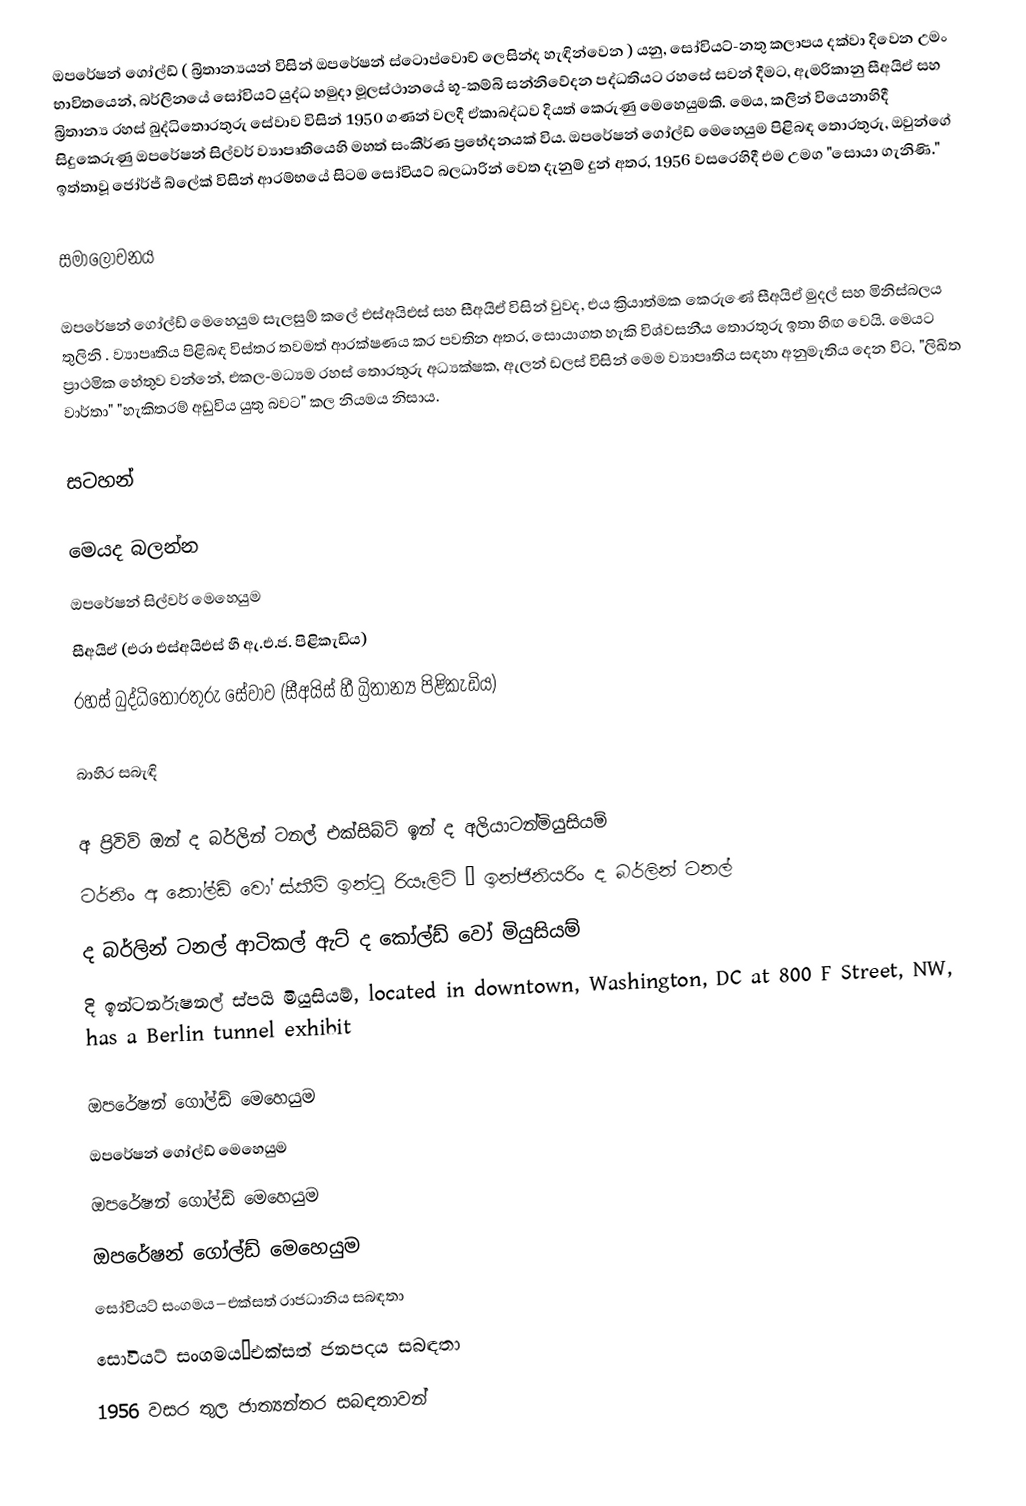
ඔපරේෂන් ගෝල්ඩ් ( බ්‍රිතාන්‍යයන් විසින් ඔපරේෂන් ස්ටොප්වොච් ලෙසින්ද හැඳින්වෙන  ) යනු,   සෝවියට්-නතු කලාපය දක්වා දිවෙන උමං භාවිතයෙන්, බර්ලිනයේ සෝවියට් යුද්ධ හමුදා මූලස්ථානයේ භූ-කම්බි සන්නිවේදන පද්ධතියට රහසේ සවන් දීමට,  ඇමරිකානු  සීඅයිඒ සහ බ්‍රිතාන්‍ය රහස් බුද්ධිතොරතුරු සේවාව විසින් 1950 ගණන් වලදී ඒකාබද්ධව දියත් කෙරුණු මෙහෙයුමකි. මෙය,  කලින් වියෙනාහිදී සිදුකෙරුණු  ඔපරේෂන් සිල්වර් ව්‍යාපෘතියෙහි මහත් සංකීර්ණ ප්‍රභේදනයක් විය. ඔපරේෂන් ගෝල්ඩ් මෙහෙයුම පිළිබඳ තොරතුරු,  ඔවුන්ගේ ඉත්තාවූ ජෝර්ජ් බ්ලේක් විසින් ආරම්භයේ සිටම සෝවියට් බලධාරින් වෙත දැනුම් දුන් අතර, 1956 වසරෙහිදී  එම උමග  "සොයා ගැනිණි."

සමාලෝචනය

ඔපරේෂන් ගෝල්ඩ් මෙහෙයුම සැලසුම් කලේ එස්අයිඑස් සහ සීඅයිඒ විසින් වුවද, එය ක්‍රියාත්මක කෙරුණේ සීඅයිඒ මුදල් සහ මිනිස්බලය තුලිනි . ව්‍යාපෘතිය පිළිබඳ විස්තර තවමත් ආරක්ෂණය කර පවතින අතර, සොයාගත හැකි විශ්වසනීය තොරතුරු ඉතා හිඟ වෙයි. මෙයට ප්‍රාථමික හේතුව වන්නේ, එකල-මධ්‍යම රහස් තොරතුරු අධ්‍යක්ෂක, ඇලන් ඩලස් විසින් මෙම ව්‍යාපෘතිය සඳහා අනුමැතිය දෙන විට, "ලිඛිත වාර්තා" "හැකිතරම් අඩුවිය යුතු බවට" කල නියමය නිසාය.

සටහන්

මෙයද බලන්න
 ඔපරේෂන් සිල්වර් මෙහෙයුම
 සීඅයිඒ (එරා එස්අයිඑස් හී ඇ.එ.ජ. පිළිකැඩිය)
 රහස් බුද්ධිතොරතුරු සේවාව (සීඅයිස් හී බ්‍රිතාන්‍ය පිළිකැඩිය)

බාහිර සබැඳි

අ ප්‍රිවිව් ඔන් ද බර්ලින් ටනල්  එක්සිබ්ට් ඉන් ද අලියාටන්මියුසියම්
ටර්නිං අ කෝල්ඩ් වෝ ස්කීම් ඉන්ටු රියෑලිටි – ඉන්ජිනියරිං ද බර්ලින් ටනල්
ද බර්ලින් ටනල් ආටිකල් ඇට් ද කෝල්ඩ් වෝ මියුසියම්
දි ඉන්ටර්නැෂනල් ස්පයි මියුසියම්, located in downtown, Washington, DC at 800 F Street, NW, has a Berlin tunnel exhibit

ඔපරේෂන් ගෝල්ඩ් මෙහෙයුම
ඔපරේෂන් ගෝල්ඩ් මෙහෙයුම
ඔපරේෂන් ගෝල්ඩ් මෙහෙයුම
ඔපරේෂන් ගෝල්ඩ් මෙහෙයුම
සෝවියට් සංගමය–එක්සත් රාජධානිය සබඳතා
සෝවියට් සංගමය–එක්සත් ජනපදය සබඳතා
 1956 වසර තුල ජාත්‍යන්තර සබඳතාවන්